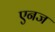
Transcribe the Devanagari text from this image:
एनज